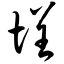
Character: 埕